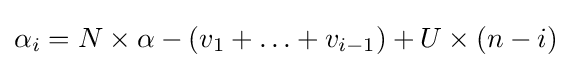
\alpha _{i}=N\times \alpha -\left(v_{1}+\ldots +v_{i-1}\right)+U\times (n-i)